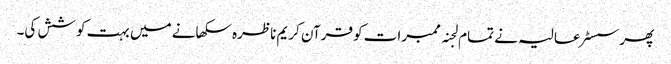
پھر سسٹر عالیہ نے تمام لجنہ ممبرات کو قرآن کریم ناظرہ سکھانے میں بہت کوشش کی۔